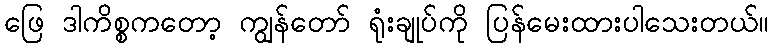
ဖြေ ဒါကိစ္စကတော့ ကျွန်တော် ရုံးချုပ်ကို ပြန်မေးထားပါသေးတယ်။